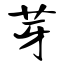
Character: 芽